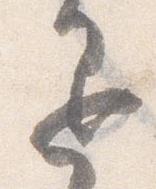
退